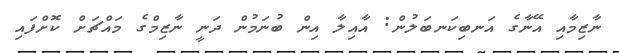
ނާޒިމާއި އޭނާގެ އަނބިކަނބަލުން: އާއިލާ އިން ބުނަމުން ދަނީ ނާޒިމްގެ މައްޗަށް ކޮށްފައި